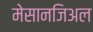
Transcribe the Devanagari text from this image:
मेसानजिअल